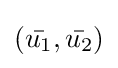
({\bar {u_{1}}},{\bar {u_{2}}})